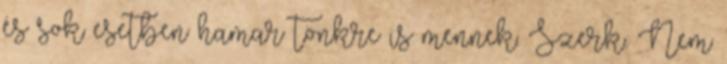
és sok esetben hamar tönkre is mennek. Szerk.: Nem